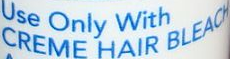
CREME HAIR BLEACH